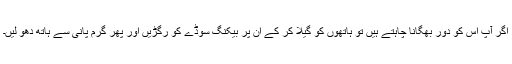
اگر آپ اس کو دور بھگانا چاہتے ہیں تو ہاتھوں کو گیلا کر کے ان پر بیکنگ سوڈے کو رگڑیں اور پھر گرم پانی سے ہاتھ دھو لیں۔